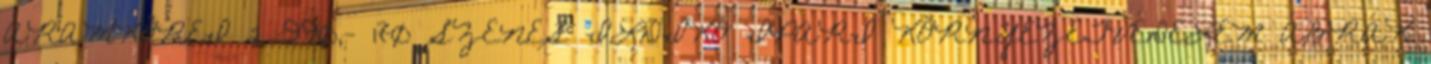
ÁRAMKÖREI 2 990,- 170 SZENES ILDIKÓ IPARI KÖRNYEZETVÉDELEM ÁBRÁK